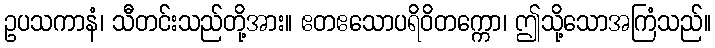
ဥပသကာနံ၊ သီတင်းသည်တို့အား။ ဧတဧသောပရိဝိတက္ကော၊ ဤသို့သောအကြံသည်။